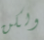
ولكن